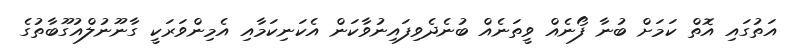
އަތުގައި އޮތް ކަމަށް ބުނާ ފޯނެއް ވީތަނެއް ބުނެދެވިފައިނުވާކަން އެކަނިކަމާއި އެމިންވަރަކީ ގާނޫނުލްއުގޫބާތުގެ